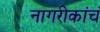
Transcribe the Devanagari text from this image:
नागरीकांचं